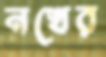
নখের